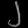
Digit: ၂